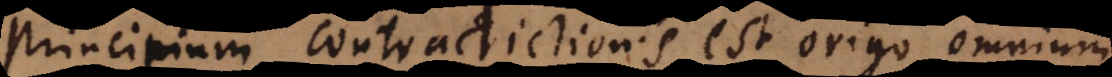
principium contradictionis est origo omnium